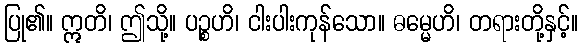
ပြု၏။ ဣတိ၊ ဤသို့။ ပဉ္စဟိ၊ ငါးပါးကုန်သော။ ဓမ္မေဟိ၊ တရားတို့နှင့်။